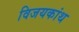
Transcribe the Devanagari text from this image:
विजयकांथ